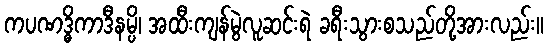
ကပဏဒ္ဓိကာဒီနမ္ပိ၊ အထီးကျန်မွဲလူဆင်းရဲ ခရီးသွားစသည်တို့အားလည်း။